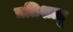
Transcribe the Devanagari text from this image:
प्रतिशाहू